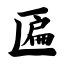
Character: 匾